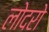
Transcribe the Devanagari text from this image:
लोदरो